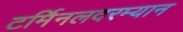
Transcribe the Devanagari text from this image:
टर्मिनलदरम्यान